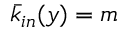
\bar { k } _ { i n } ( y ) = m